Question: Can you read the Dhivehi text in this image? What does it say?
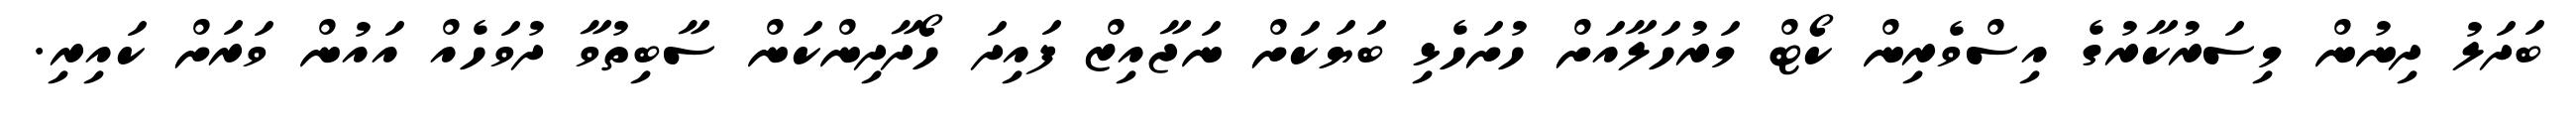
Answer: ބަދަލު ދިނުން މިސަރުކާރުގެ އިސްވެރިން ކޯޓް މަރުހަލާއަށް ހުށަހެޅި ބަޔަކަށް ނަޖާއިޒް ފައިދަ ހޯދާދިންކަން ސާބިތުވާ ދުވަހެއް އައުން ވަރަށް ކައިރި.